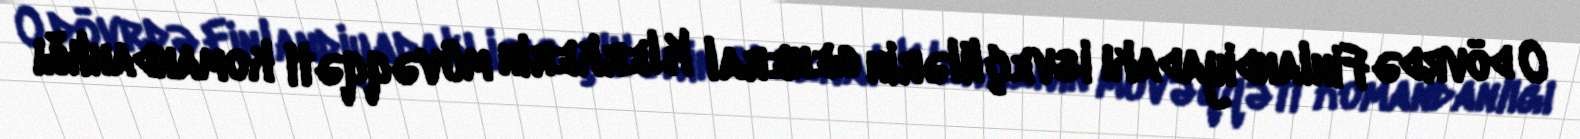
O dövrdə Finlandiyadakı isveçlilərin general Klerkerin müvəqqəti komandanlığı